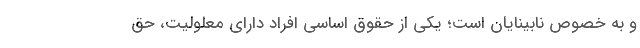
و به خصوص نابینایان است؛ یکی از حقوق اساسی افراد دارای معلولیت، حق